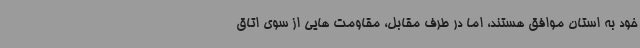
خود به استان موافق هستند، اما در طرف مقابل، مقاومت هایی از سوی اتاق